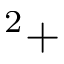
^ 2 +